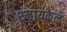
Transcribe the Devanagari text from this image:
श्मायकेल